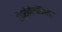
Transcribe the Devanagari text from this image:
ऐंथ्रोपोलॉजिस्ट